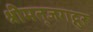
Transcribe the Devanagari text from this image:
श्रीमत्‌जगद्गुरू